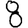
Digit: 8